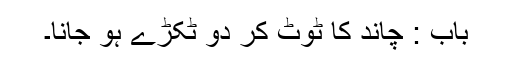
باب : چاند کا ٹوٹ کر دو ٹکڑے ہو جانا۔